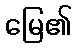
မြေ၏